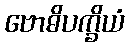
ဗောဓိပက္ခိယံ